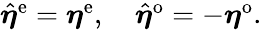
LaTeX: \begin{array}{r}{\hat{\boldsymbol{\eta}}^{\mathrm{e}}={\boldsymbol{\eta}}^{\mathrm{e}},\quad\hat{\boldsymbol{\eta}}^{\mathrm{o}}=-{\boldsymbol{\eta}}^{\mathrm{o}}.}\end{array}